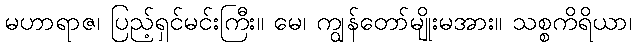
မဟာရာဇ၊ ပြည့်ရှင်မင်းကြီး။ မေ၊ ကျွန်တော်မျိုးမအား။ သစ္စကိရိယာ၊